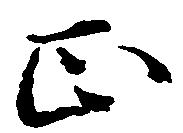
正